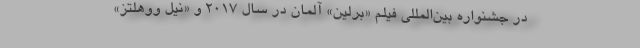
در جشنواره بین‌المللی فیلم «برلین» آلمان در سال 2017 و «نیل ووهلتز»